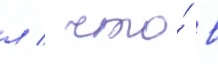
л / что́ в